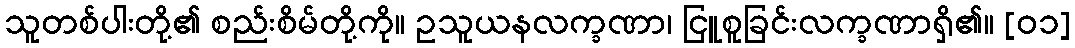
သူတစ်ပါးတို့၏ စည်းစိမ်တို့ကို။ ဥသူယနလက္ခဏာ၊ ငြူစူခြင်းလက္ခဏာရှိ၏။ [၀၁]